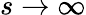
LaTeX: s\to\infty